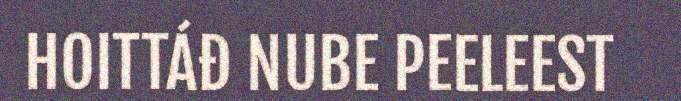
HOITTÁĐ NUBE PEELEEST